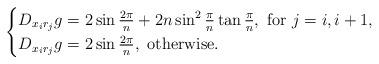
LaTeX: \begin{align*}\begin{cases}D_{x_i r_j}g= 2 \sin \frac{2\pi}{n}+2n \sin ^2 \frac{\pi}{n}\tan \frac{\pi}{n},\ \mbox{for} \ j=i,i+1,\\D_{x_i r_j}g= 2 \sin \frac{2\pi}{n}, \ \mbox{otherwise}.\end{cases}\end{align*}